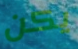
يكن